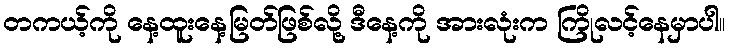
တကယ့်ကို နေ့ထူးနေ့မြတ်ဖြစ်လို့ ဒီနေ့ကို အားလုံးက ကြိုလင့်နေမှာပါ။